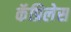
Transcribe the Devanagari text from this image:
कॅप्रिलेस